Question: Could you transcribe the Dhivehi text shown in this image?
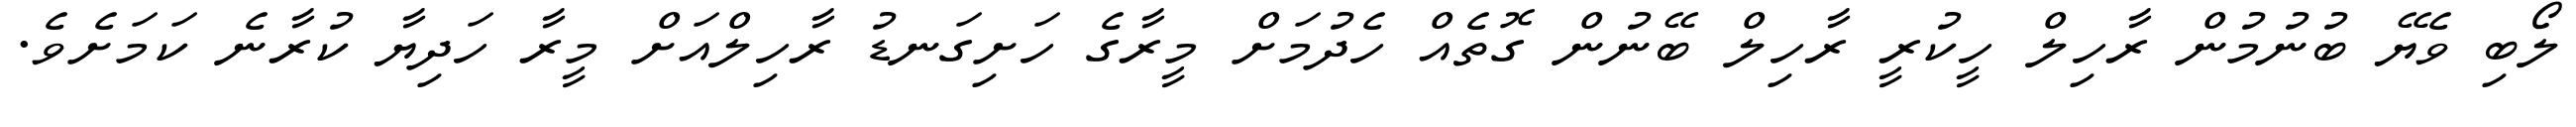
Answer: ލޯބި ވެޔޭ ބުނުމުން ރާހިލް ހީކުރީ ރާހިލް ބޭނުން ގޮތެއް ހެދުމަށް މީރާގެ ހަށިގަނޑު ރާހިލްއަށް މީރާ ހަދިޔާ ކުރާނެ ކަމަށެވެ.